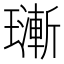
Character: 𱯴